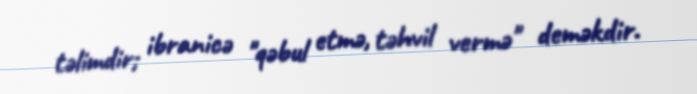
təlimdir; ibranicə "qəbul etmə, təhvil vermə" deməkdir.